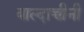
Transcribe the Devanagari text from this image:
बाल्दाच्चीनी